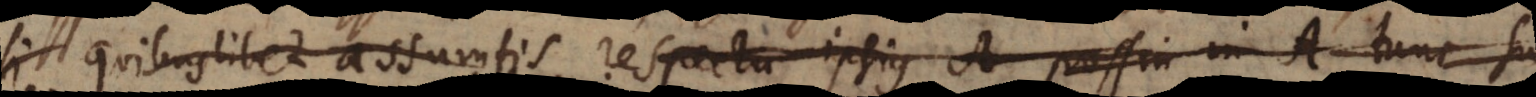
si quibuslibet assumtis respectu ipsius A (ccc) possin (ddd) i